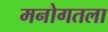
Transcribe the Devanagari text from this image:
मनोगतला